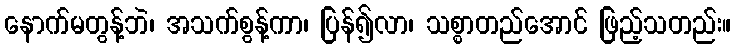
နောက်မတွန့်ဘဲ၊ အသက်စွန့်ကာ၊ ပြန်၍လာ၊ သစ္စာတည်အောင် ဖြည့်သတည်း။